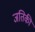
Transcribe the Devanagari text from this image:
जतिकी